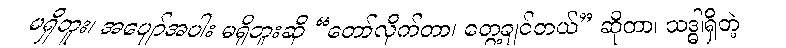
မရှိဘူး၊ အပျော်အပါး မရှိဘူးဆို “တော်လိုက်တာ၊ တွေ့ချင်တယ်” ဆိုတာ၊ သဒ္ဓါရှိတဲ့